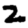
Digit: 2